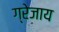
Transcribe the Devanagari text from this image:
ग्रेजाय